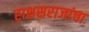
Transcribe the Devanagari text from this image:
राक्षसराजांचा